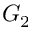
G _ { 2 }